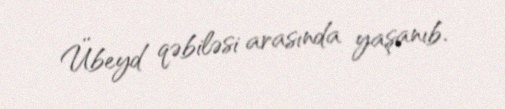
Übeyd qəbiləsi arasında yaşanıb.